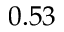
0 . 5 3